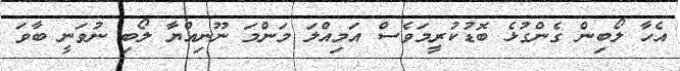
އެހާ ލޯބިން ގެންގުޅެ ބޮޑުކުރީމަވެސް އަމިއްލަ މަންމަ ނޫނިއްޔާ ލޯބި ނުވަނީ ބާވަ